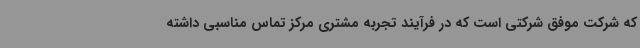
که شرکت موفق شرکتی است که در فرآیند تجربه مشتری مرکز تماس مناسبی داشته